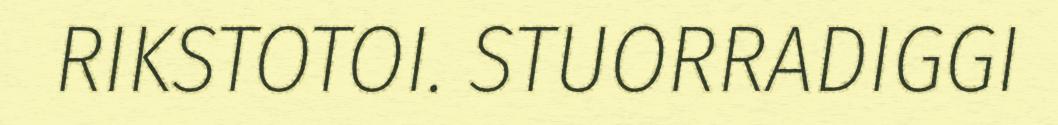
RIKSTOTOI. STUORRADIGGI